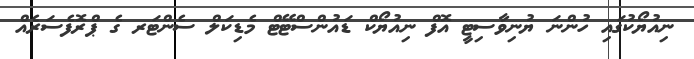
ނިއުޔޯކުގައި ހުންނަ ޔުނިވާސިޓީ އޮފް ނިއުޔޯކް ޑައުންސްޓޭޓް މެޑިކަލް ސެންޓަރ ގެ ޕްރޮފެސަރެއް